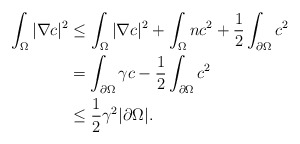
\begin{align*}\begin{aligned} \int_{\Omega}|\nabla c|^{2} &\le \int_{\Omega}|\nabla c|^{2}+\int_{\Omega}nc^{2}+\frac{1}{2}\int_{\partial\Omega}c^{2} \\&=\int_{\partial\Omega}\gamma c-\frac{1}{2}\int_{\partial\Omega}c^{2} \\&\le \frac{1}{2} \gamma^{2}|\partial \Omega|.\end{aligned}\end{align*}